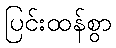
ပြင်းထန်စွာ